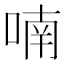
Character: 喃